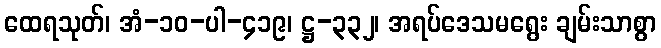
ထေရသုတ်၊ အံ-၁၀-ပါ-၄၁၉၊ ဋ္ဌ-၃၃၂၊ အရပ်ဒေသမရွေး ချမ်းသာစွာ